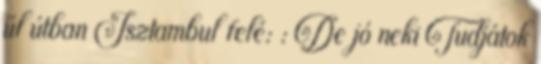
űl útban Isztambul felé: : De jó neki Tudjátok